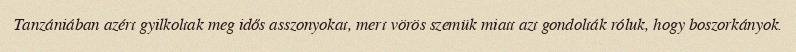
Tanzániában azért gyilkoltak meg idős asszonyokat, mert vörös szemük miatt azt gondolták róluk, hogy boszorkányok.